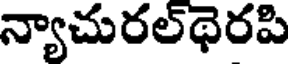
న్యాచురల్థెరపి